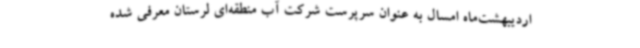
اردیبهشت‌ماه امسال به عنوان سرپرست شرکت آب منطقه‌ای لرستان معرفی شده